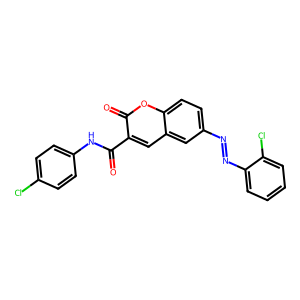
SMILES: O=C(Nc1ccc(Cl)cc1)c1cc2cc(N=Nc3ccccc3Cl)ccc2oc1=O
Inhibits HIV replication: No